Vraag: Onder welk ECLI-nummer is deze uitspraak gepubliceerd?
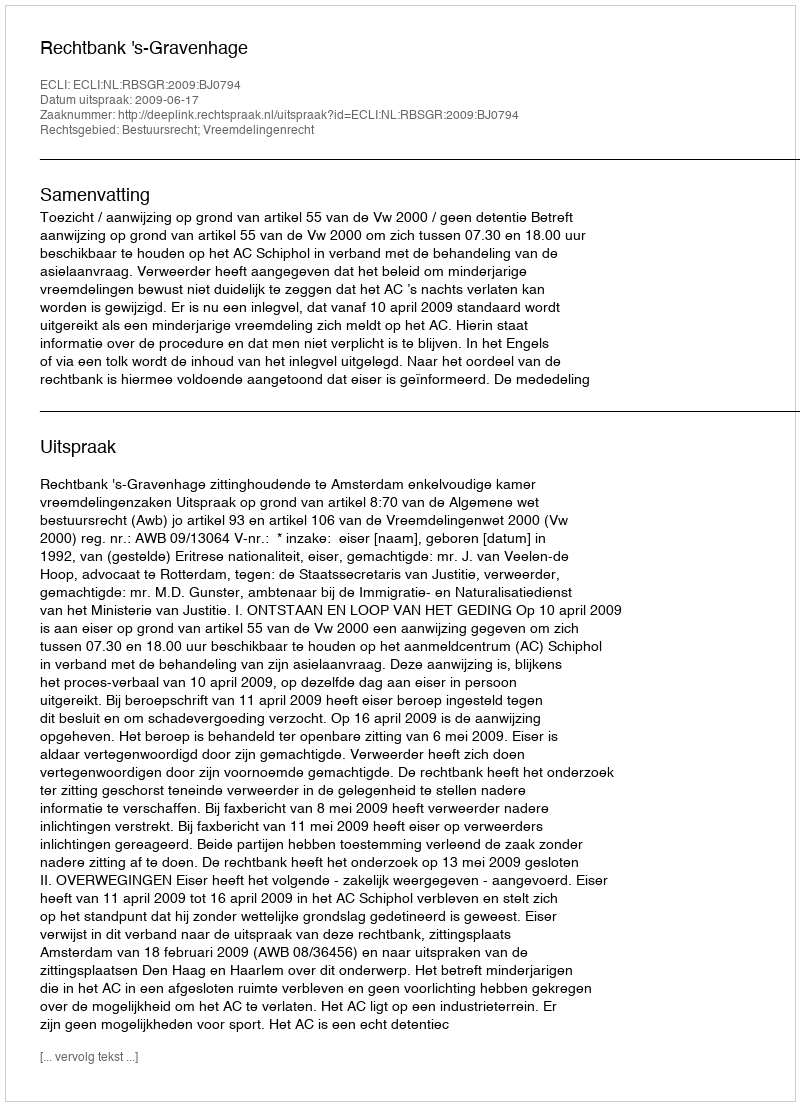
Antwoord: ECLI:NL:RBSGR:2009:BJ0794